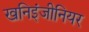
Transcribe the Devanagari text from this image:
खनिइंजीनियर